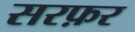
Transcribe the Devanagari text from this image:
सरफ़र